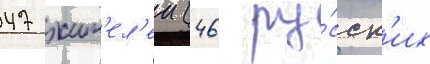
47 жит'ел'еи (46 ру́сск'их